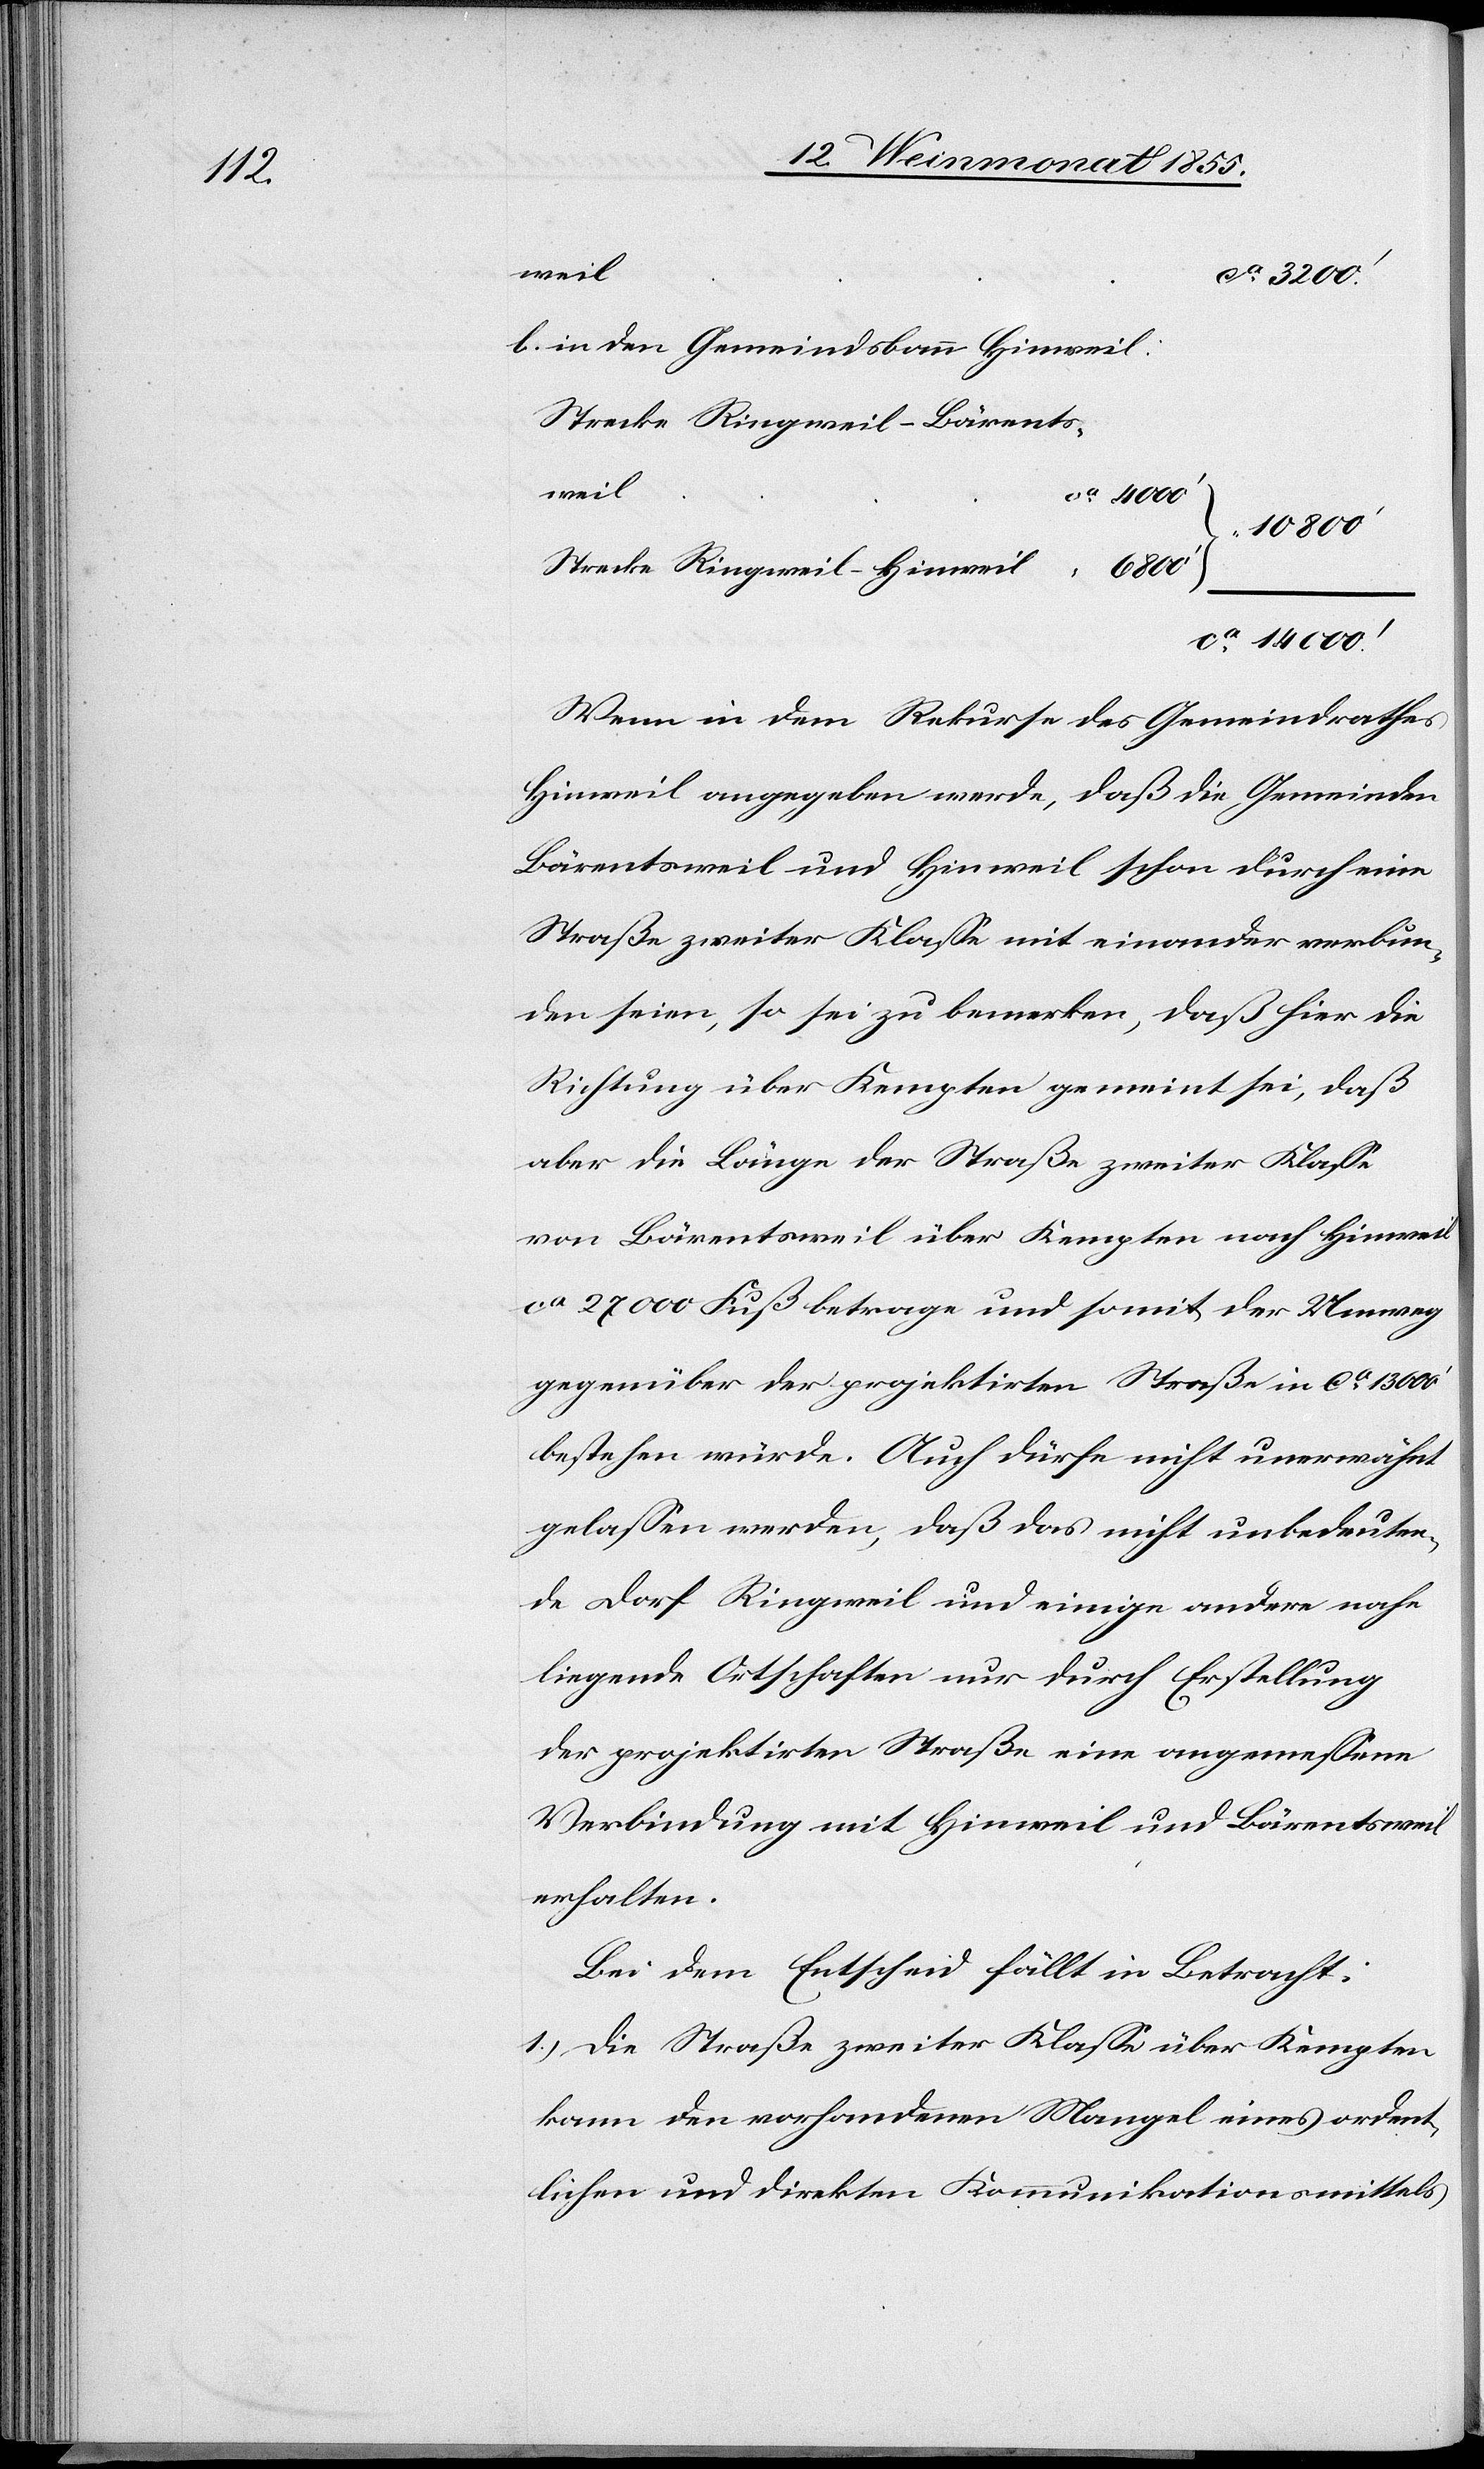
weil
ca 3200.‘
in den Gemeindsbann Hinweil:
Strecke Ringweil – Bärents¬
weil
ca 4000‘
10 800‘
Strecke Ringweil – Hinweil
ca 14 000.‘
Wenn in dem Rekurse des Gemeindrathes
Hinweil angegeben werde, daß die Gemeinden
Bärentsweil und Hinweil schon durch eine
Straße zweiter Klasse mit einander verbun¬
den seien, so sei zu bemerken, daß hier die
Richtung über Kempten gemeint sei, daß
aber die Länge der Straße zweiter Klasse
von Bärentsweil über Kempten nach Hinweil
ca 27 000 Fuß betrage und somit der Umweg
gegenüber der projektirten Straße in ca 13 000‘
bestehen würde. Auch dürfe nicht unerwähnt
gelassen werden, daß das nicht unbedeuten¬
de Dorf Ringweil und einige andere nahe
liegende Ortschaften nur durch Erstellung
der projektirten Straße eine angemessene
Verbindung mit Hinweil und Bärentsweil
erhalten.
Bei dem Entscheid fällt in Betracht:
1.) Die Straße zweiter Klasse über Kempten
kann den vorhandenen Mangel eines ordent¬
lichen und direkten Kommunikationsmittels